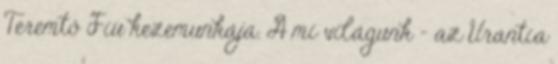
Teremtő Fiú kezemunkája. A mi világunk – az Urantia